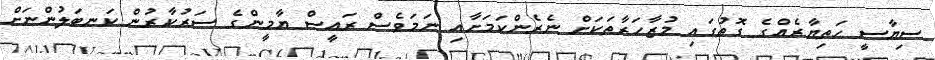
ސިޔާސީ ހަތިޔާރެއްގެ ގޮތުގައި މުޒާހަރާތަކަށް ނެރެންކަމަށާއި ނަމަވެސް ރައީސް ޔާމީންގެ ސަރުކާރުން ކަނބަލުންނަށް